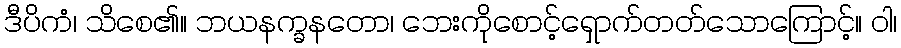
ဒီပိကံ၊ သိစေ၏။ ဘယနက္ခနတော၊ ဘေးကိုစောင့်ရှောက်တတ်သောကြောင့်။ ဝါ၊